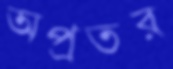
অপ্রতর